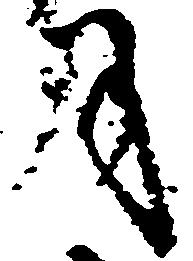
月